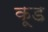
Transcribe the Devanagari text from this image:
कूड